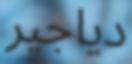
دياجير